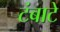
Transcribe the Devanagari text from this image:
टंबाटे